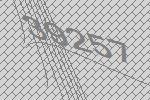
39257